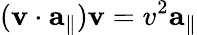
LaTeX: (\mathbf{v}\cdot\mathbf{a}_{\parallel})\mathbf{v}=v^{2}\mathbf{a}_{\parallel}